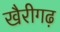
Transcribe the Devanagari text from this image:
खैरीगढ़